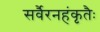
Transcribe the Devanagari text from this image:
सर्वैरनहंकृतैः